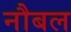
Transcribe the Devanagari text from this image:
नौबल